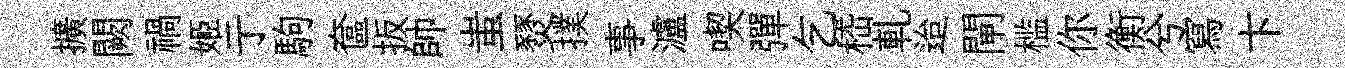
擴闕禍姬亍駒奩扳帥蚩燹撲事瀘喫彈乞嵇軋迨閘槛你衡兮冩卞